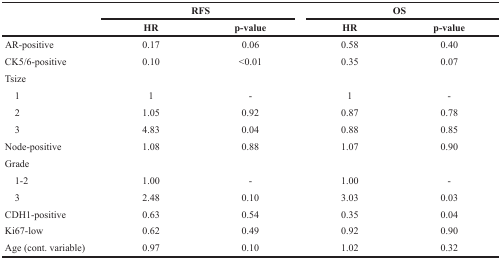
| <ROWSPAN=2>  | <COLSPAN=2> RFS | <COLSPAN=2> OS |
 | HR | p-value | HR | p-value |
 | --- | --- | --- | --- | --- |
 | AR-positive | 0.17 | 0.06 | 0.58 | 0.40 |
 | CK5/6-positive | 0.10 | <0.01 | 0.35 | 0.07 |
 | Tsize |  |  |  |  |
 | 1 | 1 | - | 1 | - |
 | 2 | 1.05 | 0.92 | 0.87 | 0.78 |
 | 3 | 4.83 | 0.04 | 0.88 | 0.85 |
 | Node-positive | 1.08 | 0.88 | 1.07 | 0.90 |
 | Grade |  |  |  |  |
 | 1-2 | 1.00 | - | 1.00 | - |
 | 3 | 2.48 | 0.10 | 3.03 | 0.03 |
 | CDH1-positive | 0.63 | 0.54 | 0.35 | 0.04 |
 | Ki67-low | 0.62 | 0.49 | 0.92 | 0.90 |
 | Age (cont. variable) | 0.97 | 0.10 | 1.02 | 0.32 |